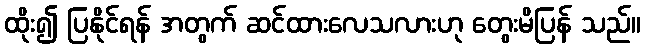
ထိုး၍ ပြနိုင်ရန် အတွက် ဆင်ထားလေသလားဟု တွေးမိပြန် သည်။